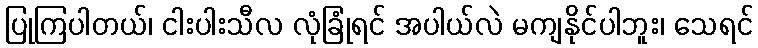
ပြုကြပါတယ်၊ ငါးပါးသီလ လုံခြုံရင် အပါယ်လဲ မကျနိုင်ပါဘူး၊ သေရင်